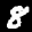
Label: 8